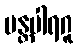
မန္တပါရဂူ